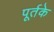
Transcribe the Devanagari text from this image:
पूर्तके